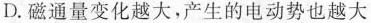
D. 磁通量变化越大，产生的电动势也越大